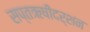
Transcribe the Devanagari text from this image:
सप्तऋषीदर्शन